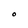
Character: O